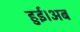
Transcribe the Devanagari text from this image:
हुई।अब